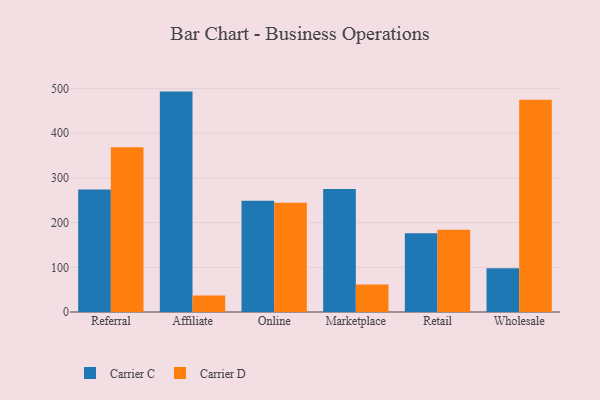
{"axis": {"x": "Channel", "y": "Revenue (USD Million)"}, "legend": ["Carrier C", "Carrier D"], "data": [{"x": "Referral", "y": 274.1, "type": "Carrier C"}, {"x": "Referral", "y": 368.5, "type": "Carrier D"}, {"x": "Affiliate", "y": 493.3, "type": "Carrier C"}, {"x": "Affiliate", "y": 37.0, "type": "Carrier D"}, {"x": "Online", "y": 249.1, "type": "Carrier C"}, {"x": "Online", "y": 244.3, "type": "Carrier D"}, {"x": "Marketplace", "y": 275.4, "type": "Carrier C"}, {"x": "Marketplace", "y": 61.3, "type": "Carrier D"}, {"x": "Retail", "y": 176.5, "type": "Carrier C"}, {"x": "Retail", "y": 184.3, "type": "Carrier D"}, {"x": "Wholesale", "y": 98.2, "type": "Carrier C"}, {"x": "Wholesale", "y": 474.9, "type": "Carrier D"}]}